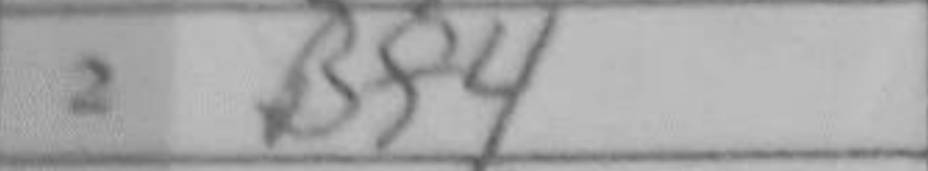
Transcription: Bf4